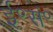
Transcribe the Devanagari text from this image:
ई॰सं॰